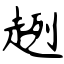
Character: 趔